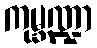
ကုမ္ဘဏ္ဍာ